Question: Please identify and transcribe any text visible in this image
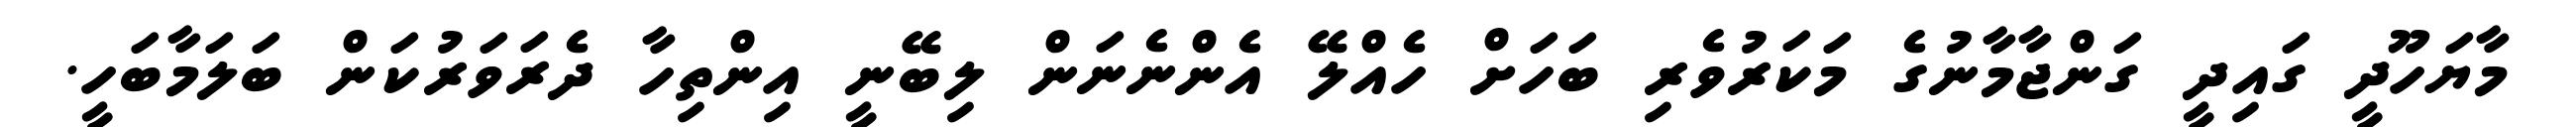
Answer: މާޔަހޫދީ ގައިދީ ގަންޖާމާނުގެ މަކަރުވެރި ބަހަށް ހެއްލޭ އެންނެނަން ލިބޭނީ އިންތިހާ ދެރަވަރުކަން ބަލަމާބަހީ.